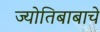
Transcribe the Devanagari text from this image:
ज्योतिबाबाचे